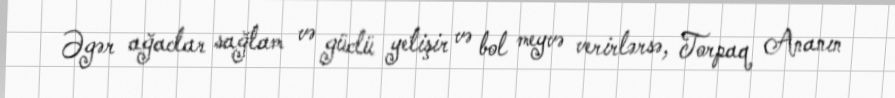
Əgər ağaclar sağlam və güclü yetişir və bol meyvə verirlərsə, Torpaq Ananın